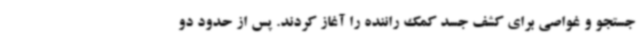
جستجو و غواصی برای کشف جسد کمک راننده را آغاز کردند. پس از حدود دو